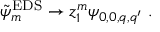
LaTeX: \tilde { \psi } _ { m } ^ { \mathrm { E D S } } \to z _ { 1 } ^ { m } \psi _ { 0 , 0 , q , q ^ { \prime } } \ .